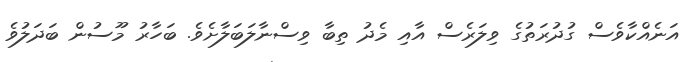
އަނެއްކާވެސް ގުދުރަތުގެ ވިލަރެސް އާއި މެދު ތިބާ ވިސްނާލަބަލާށެވެ. ބަހާރު މޫސުން ބަދަލުވެ